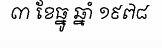
៣ ខែធ្នូ ឆ្នាំ ១៩៧៨